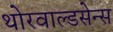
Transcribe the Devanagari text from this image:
थोरवाल्डसेन्स